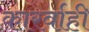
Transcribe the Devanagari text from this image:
कारर्वाही